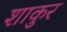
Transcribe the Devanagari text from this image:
शाकुर